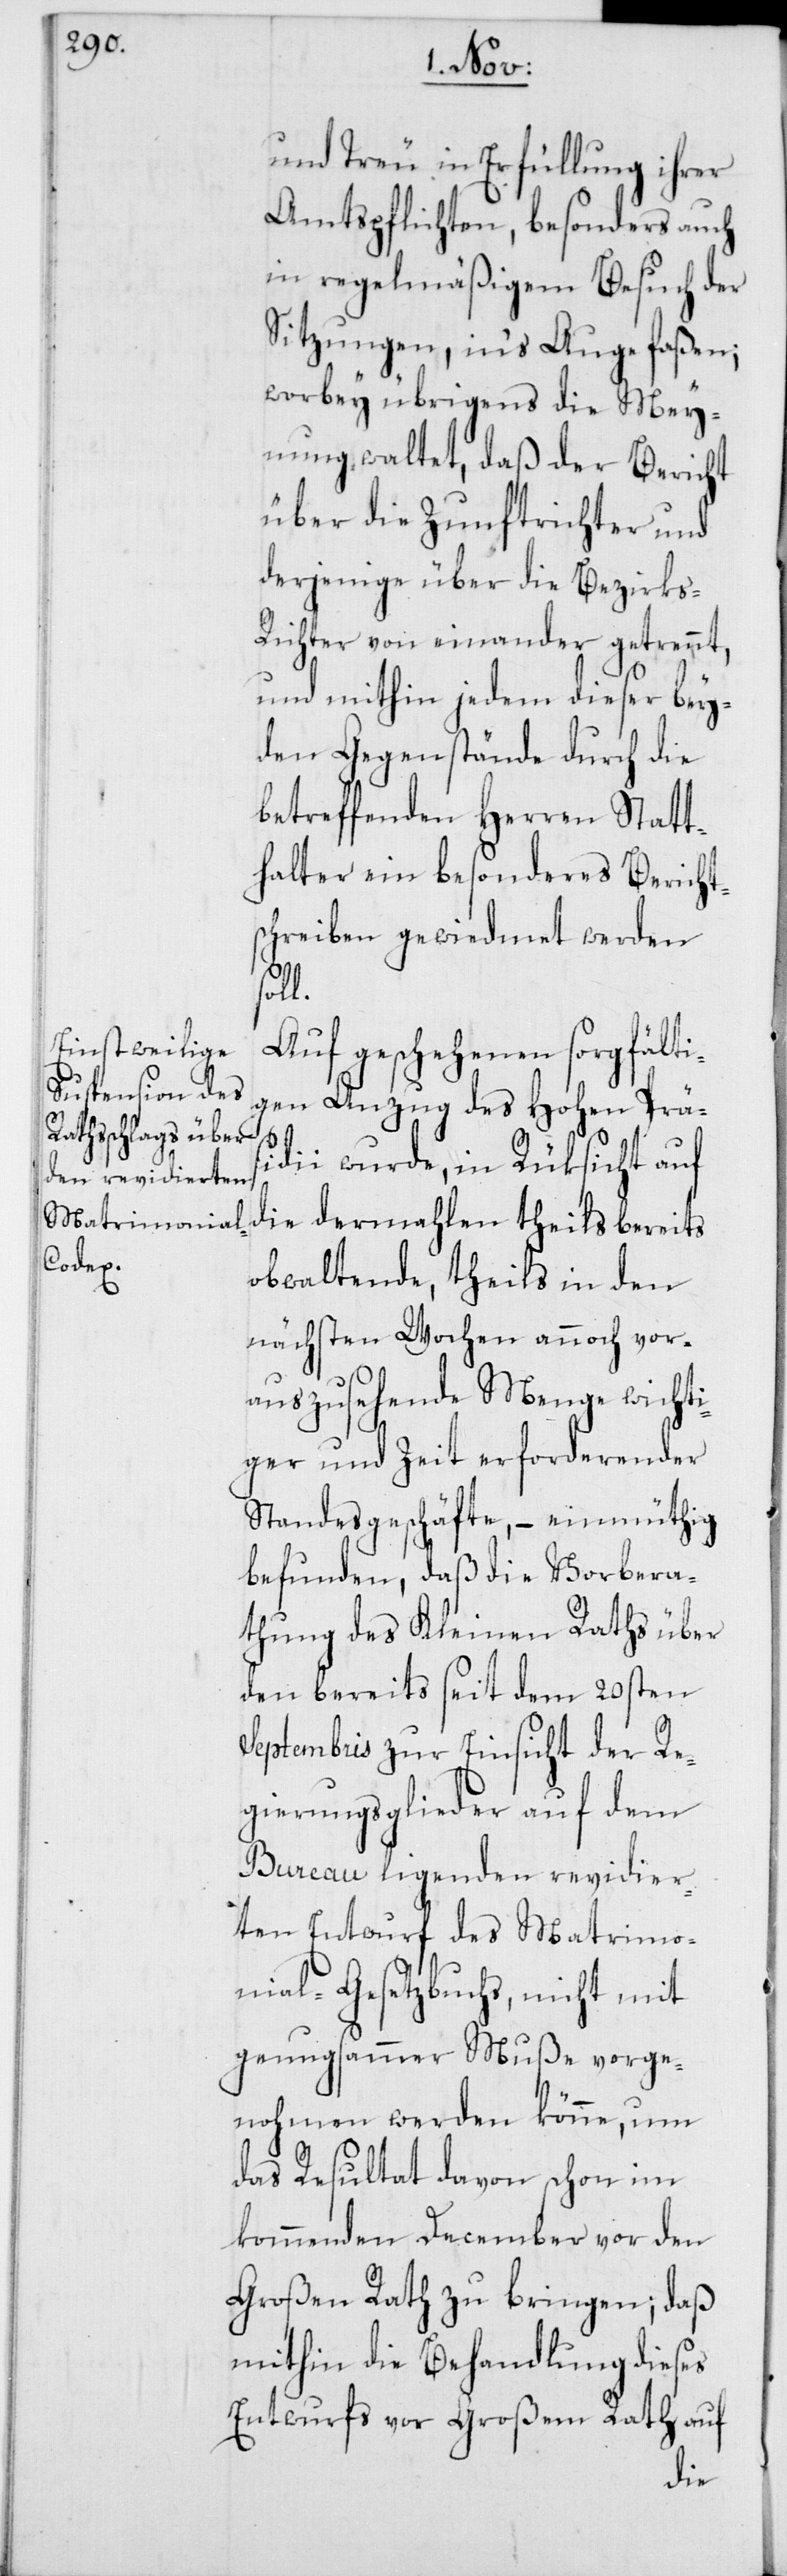
und Treu in Erfüllung ihrer
Amtspflichten, besonders auch
in regelmäßigem Besuch der
Sitzungen, ins Auge faßen;
worbey übrigens die Mey¬
nung waltet, daß der Bericht
über die Zunftrichter und
derjenige über die Bezirks-R¬
ichter von einander getrennt,
und mithin jedem dieser bey¬
den Gegenstände durch die
betreffenden Herren Statt¬
halter ein besonderes Bericht¬
schreiben gewiedmet werden
l.
Auf geschehenen sorgfälti¬
gen Anzug des Hohen Präs¬
idii wurde, in Rüksicht auf
die dermahlen theils bereits
obwaltende, theils in den
nächsten Wochen annoch vor¬
auszusehende Menge wichti¬
ger und Zeit erforderender
Standesgeschäfte, – einmüthig
befunden, daß die Vorbera¬
thung des Kleinen Raths über
den bereits seit dem 20sten
Septembris zur Einsicht der Re¬
gierungsglieder auf dem
Bureau ligenden revidier¬
ten Entwurf des Matrimo¬
nial-Gesetzbuchs, nicht mit
genugsammer Muße vorge¬
nohmen werden könne, um
das Resultat davon schon im
kommenden December vor den
Großen Rath zu bringen; daß
mithin die Behandlung dieses
Entwurfs vor Großem Rath auf